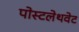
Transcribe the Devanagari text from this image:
पोस्टलेथवेट